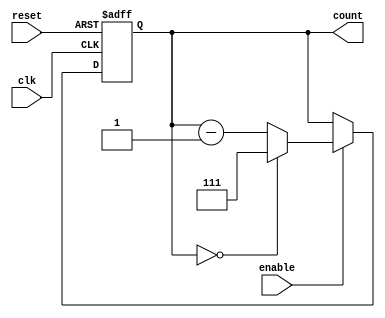
module binary_down_counter (
    input wire clk,         // Clock signal
    input wire reset,       // Asynchronous active-high reset
    input wire enable,      // Active-high enable signal
    output reg [2:0] count  // 3-bit output for the counter (max value 7)
);

    // Define the maximum value for the counter
    parameter MAX_COUNT = 3'b111; // Maximum value for a 3-bit counter (7)

    // Asynchronous reset and counting logic
    always @(posedge clk or posedge reset) begin
        if (reset) begin
            count <= MAX_COUNT; // Reset counter to maximum value
        end else if (enable) begin
            if (count == 3'b000) begin
                count <= MAX_COUNT; // Wrap around to MAX_COUNT when reaching zero
            end else begin
                count <= count - 1; // Decrement the counter
            end
        end
        // If enable is low, count holds its value
    end

endmodule